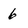
Character: 6